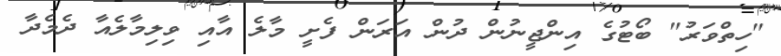
"ހިތްވަރު" ބޯޓުގެ އިންޖީނުން ދުން އަރަން ފެށީ މާލެ އާއި ވިލިމާލެއާ ދެމެދާ